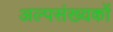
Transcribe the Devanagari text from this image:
अल्पसंख्‍यकों